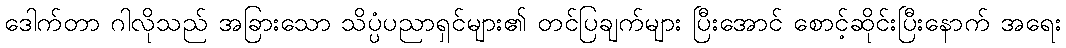
ဒေါက်တာ ဂါလိုသည် အခြားသော သိပ္ပံပညာရှင်များ၏ တင်ပြချက်များ ပြီးအောင် စောင့်ဆိုင်းပြီးနောက် အရေး